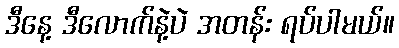
ဒီနေ့ ဒီလောက်နဲ့ပဲ အတန်း ရပ်ပါမယ်။